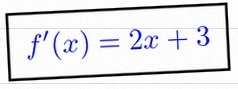
f'(x)=2x+3